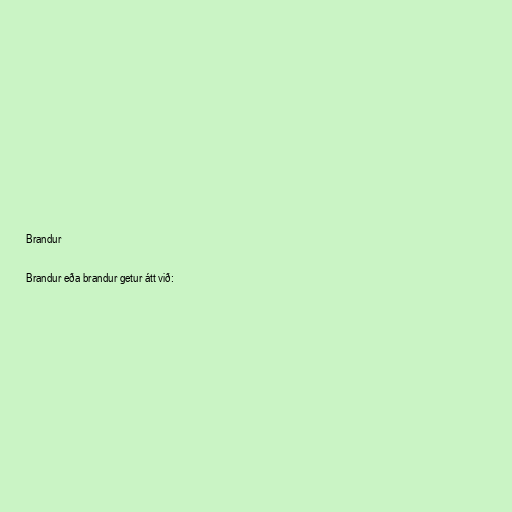
Brandur

Brandur eða brandur getur átt við: